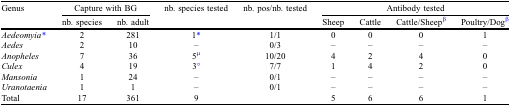
<table><thead><tr><td rowspan="2"><b>Genus</b></td><td colspan="2"><b>Capture with BG</b></td><td rowspan="2"><b>nb. species tested</b></td><td rowspan="2"><b>nb. pos/nb. tested</b></td><td colspan="4"><b>Antibody tested</b></td></tr><tr><td><b>nb. species</b></td><td><b>nb. adult</b></td><td><b>Sheep</b></td><td><b>Cattle</b></td><td><b>Cattle/Sheepβ</b></td><td><b>Poultry/Dogβ</b></td></tr></thead><tbody><tr><td><i>Aedeomyia</i>*</td><td>2</td><td>281</td><td>1*</td><td>1/1</td><td>0</td><td>0</td><td>0</td><td>1</td></tr><tr><td><i>Aedes</i></td><td>2</td><td>10</td><td>–</td><td>0/3</td><td>–</td><td>–</td><td>–</td><td>–</td></tr><tr><td><i>Anopheles</i></td><td>7</td><td>36</td><td>5μ</td><td>10/20</td><td>4</td><td>2</td><td>4</td><td>0</td></tr><tr><td><i>Culex</i></td><td>4</td><td>19</td><td>3°</td><td>7/7</td><td>1</td><td>4</td><td>2</td><td>0</td></tr><tr><td><i>Mansonia</i></td><td>1</td><td>24</td><td>–</td><td>0/1</td><td>–</td><td>–</td><td>–</td><td>–</td></tr><tr><td><i>Uranotaenia</i></td><td>1</td><td>1</td><td>–</td><td>0/1</td><td>–</td><td>–</td><td>–</td><td>–</td></tr><tr><td>Total</td><td>17</td><td>361</td><td>9</td><td></td><td>5</td><td>6</td><td>6</td><td>1</td></tr></tbody></table>